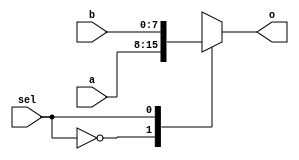
`timescale 1ns / 1ps
//////////////////////////////////////////////////////////////////////////////////
// Company: 
// Engineer: 
// 
// Design Name: 
// Module Name: mux2to1_Nbit
// Project Name: 
// Target Devices: 
// Tool Versions: 
// Description: 
// 
// Dependencies: 
// 
// Revision:
// Revision 0.01 - File Created
// Additional Comments:
// 
//////////////////////////////////////////////////////////////////////////////////


module mux2to1_Nbit #(parameter N = 8) (
    output reg [N-1:0] o,
    input [N-1:0] a,
    input [N-1:0] b,
    input sel
    );
    always @(*) begin
        case (sel)
            0: o = a;
            1: o = b;
        endcase
    end
endmodule